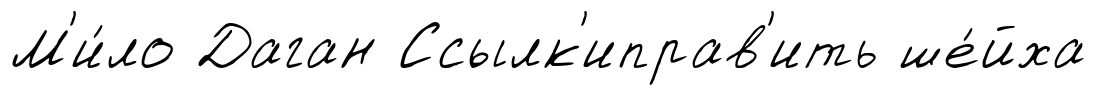
М'и́ло Даган Ссылк'иправ'ить ше́йха